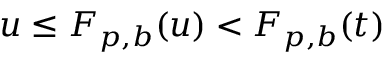
u \leq F _ { p , b } ( u ) < F _ { p , b } ( t )